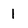
Character: 1